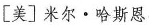
[美]米尔·哈斯恩